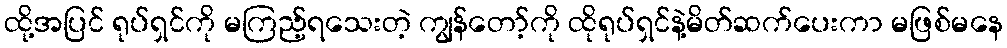
ထို့အပြင် ရုပ်ရှင်ကို မကြည့်ရသေးတဲ့ ကျွန်တော့်ကို ထိုရုပ်ရှင်နဲ့မိတ်ဆက်ပေးကာ မဖြစ်မနေ